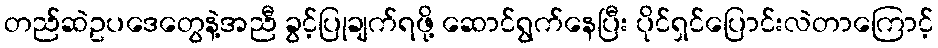
တည်ဆဲဥပဒေတွေနဲ့အညီ ခွင့်ပြုချက်ရဖို့ ဆောင်ရွက်နေပြီး ပိုင်ရှင်ပြောင်းလဲတာကြောင့်